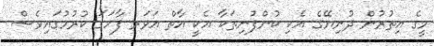
މީގެ އިތުރުން ދުނިޔޭގެ އެކި ކުންފުނިތަކާ އެކީ އާތް އަވަރ ފާހަގަ ކުރުމުގައިވެސް